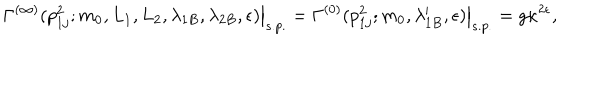
\left. \Gamma ^ { ( \infty ) } ( p _ { 1 j } ^ { 2 } ; m _ { 0 } , L _ { 1 } , L _ { 2 } , \lambda _ { 1 B } , \lambda _ { 2 B } , \epsilon ) \right| _ { s . p . } = \left. \Gamma ^ { ( 0 ) } ( p _ { 1 j } ^ { 2 } ; m _ { 0 } , \lambda _ { 1 B } ^ { \prime } , \epsilon ) \right| _ { s . p . } = g \kappa ^ { 2 \epsilon } ,